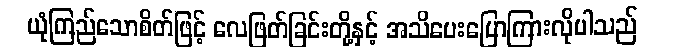
ယုံကြည်သောစိတ်ဖြင့် လေဖြတ်ခြင်းတို့နှင့် အသိပေးပြောကြားလိုပါသည်